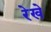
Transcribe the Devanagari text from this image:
रेखे